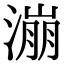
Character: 漰